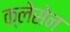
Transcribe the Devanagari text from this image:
क्लेसेन